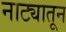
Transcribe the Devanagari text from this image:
नाट्यातून